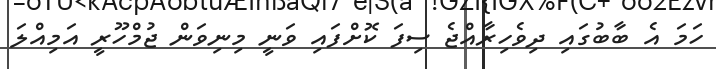
ހަމަ އެ ބާބުގައި ދިވެހިރާއްޖެ ސިފަ ކޮށްފައި ވަނީ މިނިވަން ޖުމްހޫރީ އަމިއްލަ